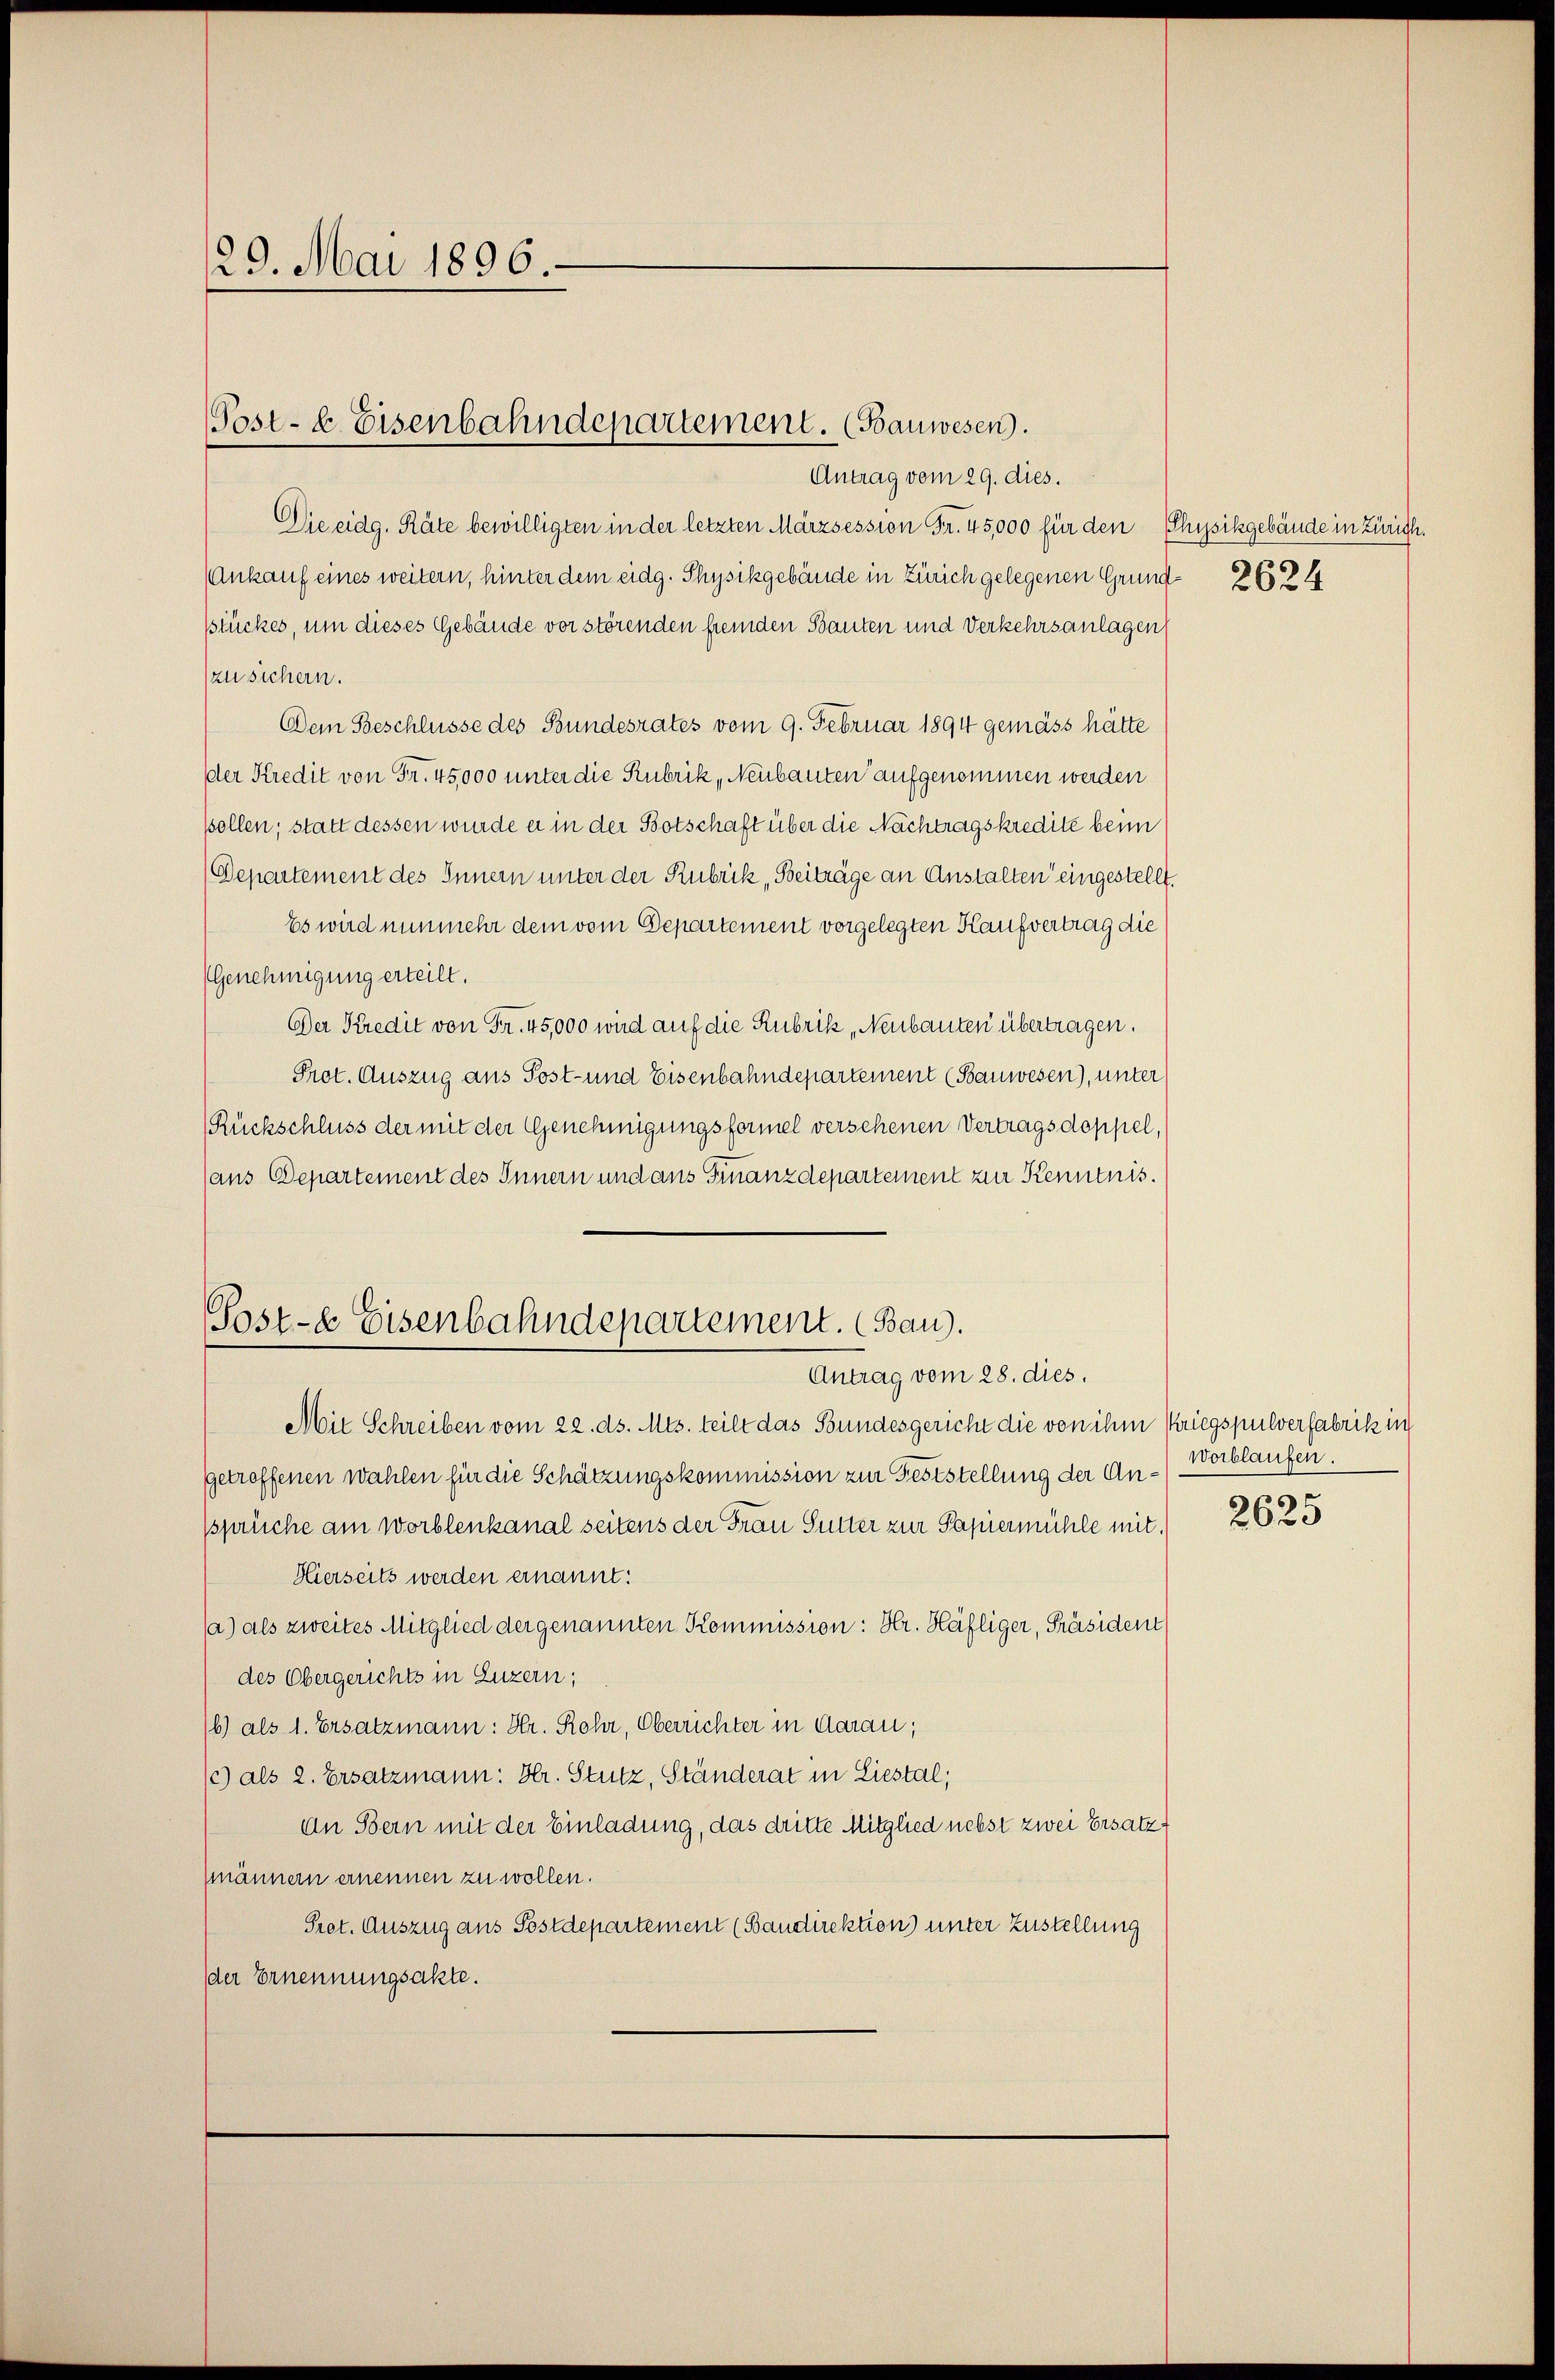
29. Mai 1896.

Post- & Eisenbahndepartement. (Bauwesen.

Antrag vom 29. dies.
Die eidg. Räte bewilligten in der letzten Märzsession Fr. 45,000 für den Physikgebäude in Zürich.
(Ankauf eines weitern, hinter dem eidg. Physikgebäude in Zürich gelegenen Grundstückes, um dieses Gebäude vor störenden fremden Bauten und Verkehrsanlagen
zu sichern.
Dem Beschlüsse des Bundesrates vom 9. Februar 1894 gemäss hätte
der Kredit von Fr. 45,000 unter die Rubrik, Neubauten aufgenommen werden
sollen; statt dessen wurde er in der Botschaft über die Nachtragskredite beim
Departement des Innern unter der Rubrik, Beiträge an Anstalten eingestellt.
Es wird nunmehr dem vom Departement vorgelegten Kaufvertrag die
(Genehmigung erteilt.
Der Kredit von Fr. 45,000 wird auf die Rubrik Neubauten übertragen.
Prot. Auszug aus Post- und Eisenbahndepartement (Bauwesen), unter
Rückschluss der mit der Genehmigungsformel versehenen Vertragsdoppel,
ans Departement des Innern und aus Finanzdepartement zur Kenntnis.
Post- & Eisenbahndepartement. (Bau.
Antrag vom 28. dies.
Mit Schreiben vom 22. ds. Mts. teilt das Bundesgericht die von ihm Kriegspulverfabrik in
getreffenen Wahlen für die Schätzungskommission zur Feststellung der Anssprüche am Worblenkanal seitens der Frau Sunter zur Papiermühle mit.
Hierseits werden ernannt:
Ja) als zweites Mitglied der genannten Kommission: Hr. Häfliger, Präsident
des Obergerichts in Luzern;
6) als 1. Ersatzmann: Hr. Rohr, Oberrichter in Aarau,
1) als 2. Ersatzmann: Hr. Stutz, Ständerat in Liestal,
an Bern mit der Einladung, das dritte Mitglied nebst zwei Ersatz,
männern ernennen zu wollen.
Pret. Auszug aus Postdepartement (Bandirektion) unter Zustellung
der Ernennungsakte.

2624

Worblaufen.
2625